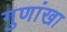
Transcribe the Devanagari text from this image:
गुणांखा